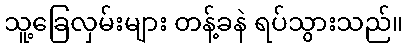
သူ့ခြေလှမ်းများ တန့်ခနဲ ရပ်သွားသည်။